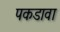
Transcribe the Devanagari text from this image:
पकडावा